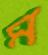
ম